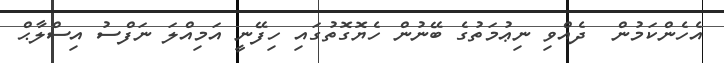
އެހެންކަމުން  ދެއްވި ނިޢުމަތުގެ ބޭނުން ހެޔޮގޮތުގައި ހިފޭނީ އަމިއްލަ ނަފްސު އިސްލާޙް